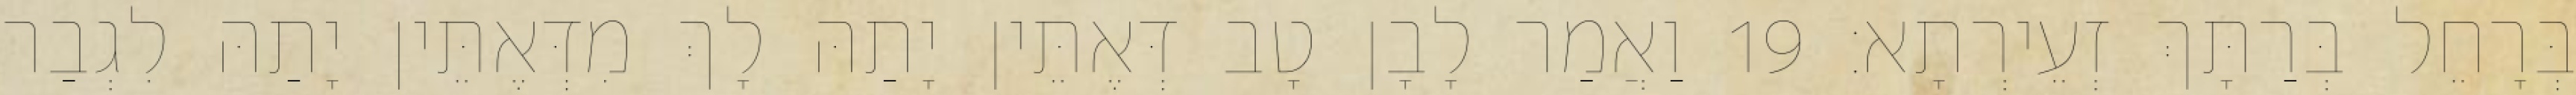
בְּרָחֵל בְּרַתָּךְ זְעֵירְתָא׃ 19 וַאֲמַר לָבָן טָב דְּאֶתֵּין יָתַהּ לָךְ מִדְּאֶתֵּין יָתַהּ לִגְבַר